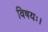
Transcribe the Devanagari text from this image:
विषयः।